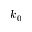
k _ { 0 }